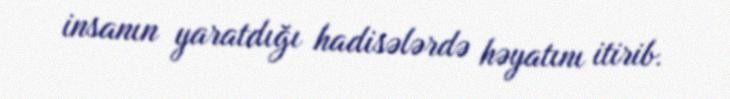
insanın yaratdığı hadisələrdə həyatını itirib.